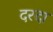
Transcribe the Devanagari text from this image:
दरदा